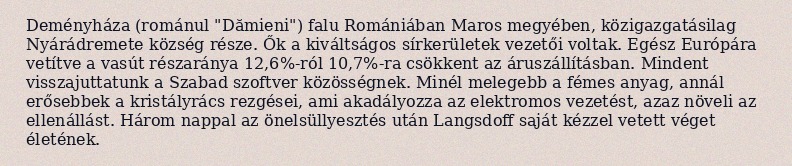
Deményháza (románul "Dămieni") falu Romániában Maros megyében, közigazgatásilag Nyárádremete község része. Ők a kiváltságos sírkerületek vezetői voltak. Egész Európára vetítve a vasút részaránya 12,6%-ról 10,7%-ra csökkent az áruszállításban. Mindent visszajuttatunk a Szabad szoftver közösségnek. Minél melegebb a fémes anyag, annál erősebbek a kristályrács rezgései, ami akadályozza az elektromos vezetést, azaz növeli az ellenállást. Három nappal az önelsüllyesztés után Langsdoff saját kézzel vetett véget életének.